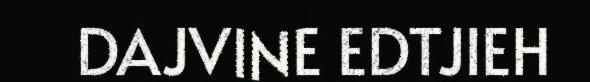
DAJVINE EDTJIEH